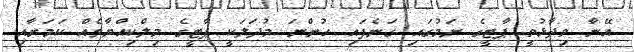
އޭނާ ވިދާޅުވީ ޕާޓީގެ ނަމުގައި ގަނެފައި ހުންނަ މުދަލަކީ ޕާޓީގެ މިލްކިއްޔާތެއް ކަމަށާއި